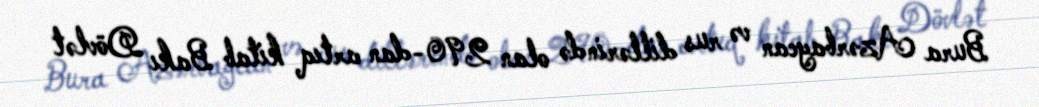
Bura Azərbaycan və rus dillərində olan 290-dan artıq kitab Bakı Dövlət